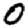
Digit: 0